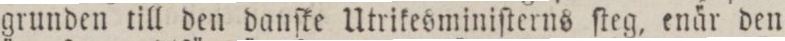
grunden till den danſke Utrikesminiſterns ſteg, enär den